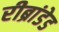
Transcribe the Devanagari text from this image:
रीब्रांडेड